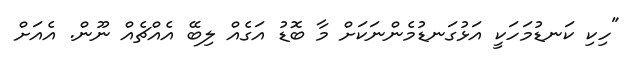
"ހިކި ކަނޑުމަހަކީ އަޅުގަނޑުމެންނަކަށް މާ ބޮޑު އަގެއް ލިބޭ އެއްޗެއް ނޫން. އެއަށް